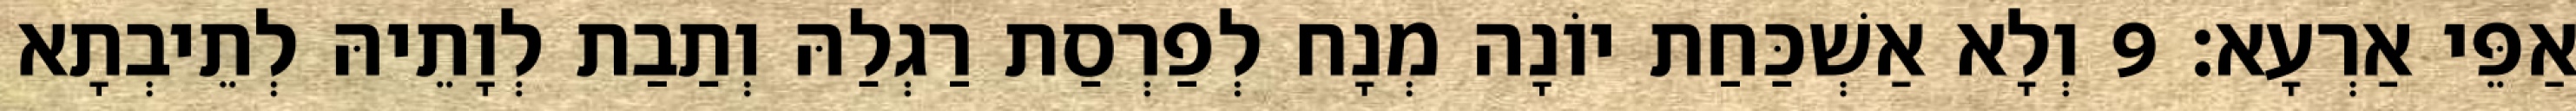
אַפֵּי אַרְעָא׃ 9 וְלָא אַשְׁכַּחַת יוֹנָה מְנָח לְפַרְסַת רַגְלַהּ וְתַבַת לְוָתֵיהּ לְתֵיבְתָא